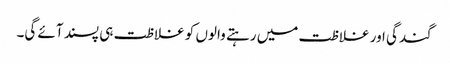
گندگی اور غلاظت میں رہتے والوں کو غلاظت ہی پسند آئے گی۔